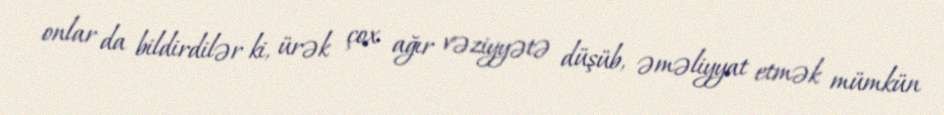
onlar da bildirdilər ki, ürək çox ağır vəziyyətə düşüb, əməliyyat etmək mümkün